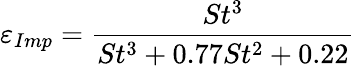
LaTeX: \varepsilon_{Imp}=\frac{St^{3}}{St^{3}+0.77St{}^{2}+0.22}